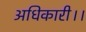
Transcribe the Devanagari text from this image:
अधिकारी।।